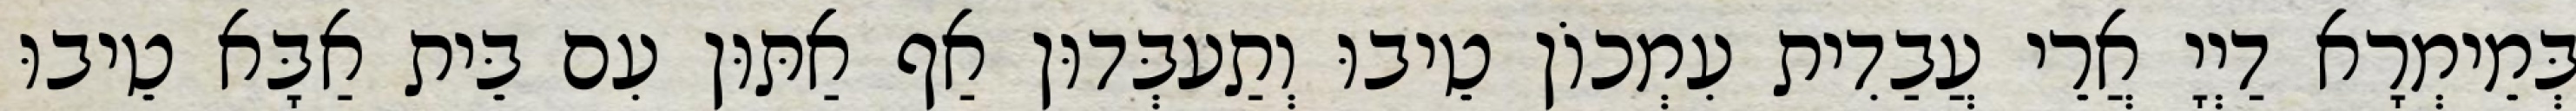
בְּמֵימְרָא דַיְיָ אֲרֵי עֲבַדִית עִמְכוֹן טֵיבוּ וְתַעבְּדוּן אַף אַתּוּן עִם בֵּית אַבָּא טֵיבוּ